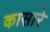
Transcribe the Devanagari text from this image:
कासारे